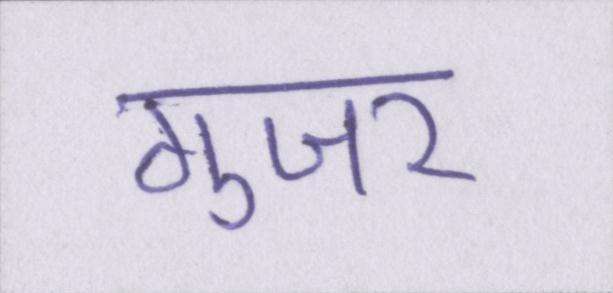
गुजर